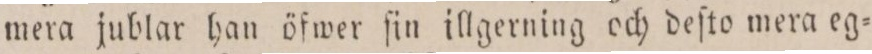
mera jublar han öfwer ſin illgerning och deſto mera eg=